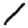
Digit: 1